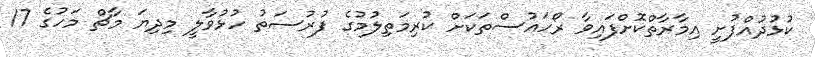
ކުޅުދުއްފުށީ އިމާރާތްކޮށްފައިވާ ރޯހައުސްތަކަށް ކުރިމަތިލުމުގެ ފުރުސަތު ހުޅުވާލީ މިދިޔަ މާޗް މަހުގެ 17